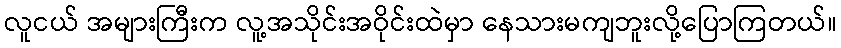
လူငယ် အများကြီးက လူ့အသိုင်းအဝိုင်းထဲမှာ နေသားမကျဘူးလို့ပြောကြတယ်။